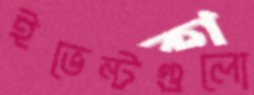
ইভেন্টগুলো